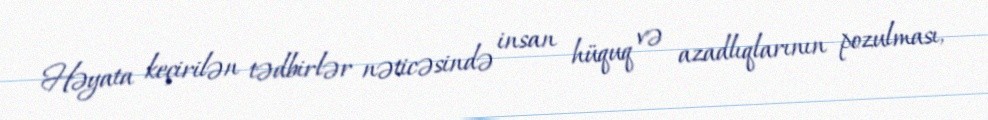
Həyata keçirilən tədbirlər nəticəsində insan hüquq və azadlıqlarının pozulması,